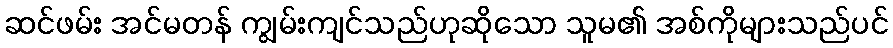
ဆင်ဖမ်း အင်မတန် ကျွမ်းကျင်သည်ဟုဆိုသော သူမ၏ အစ်ကိုများသည်ပင်